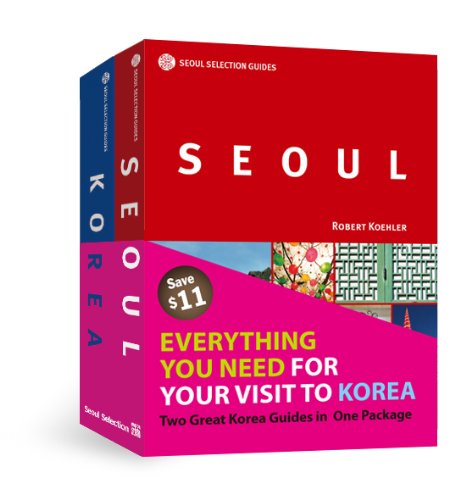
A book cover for Seoul Selection Guides Set: Seoul & Korea; Robert Koehler; Travel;